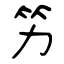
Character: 竻